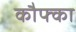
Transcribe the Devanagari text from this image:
कौफ्का